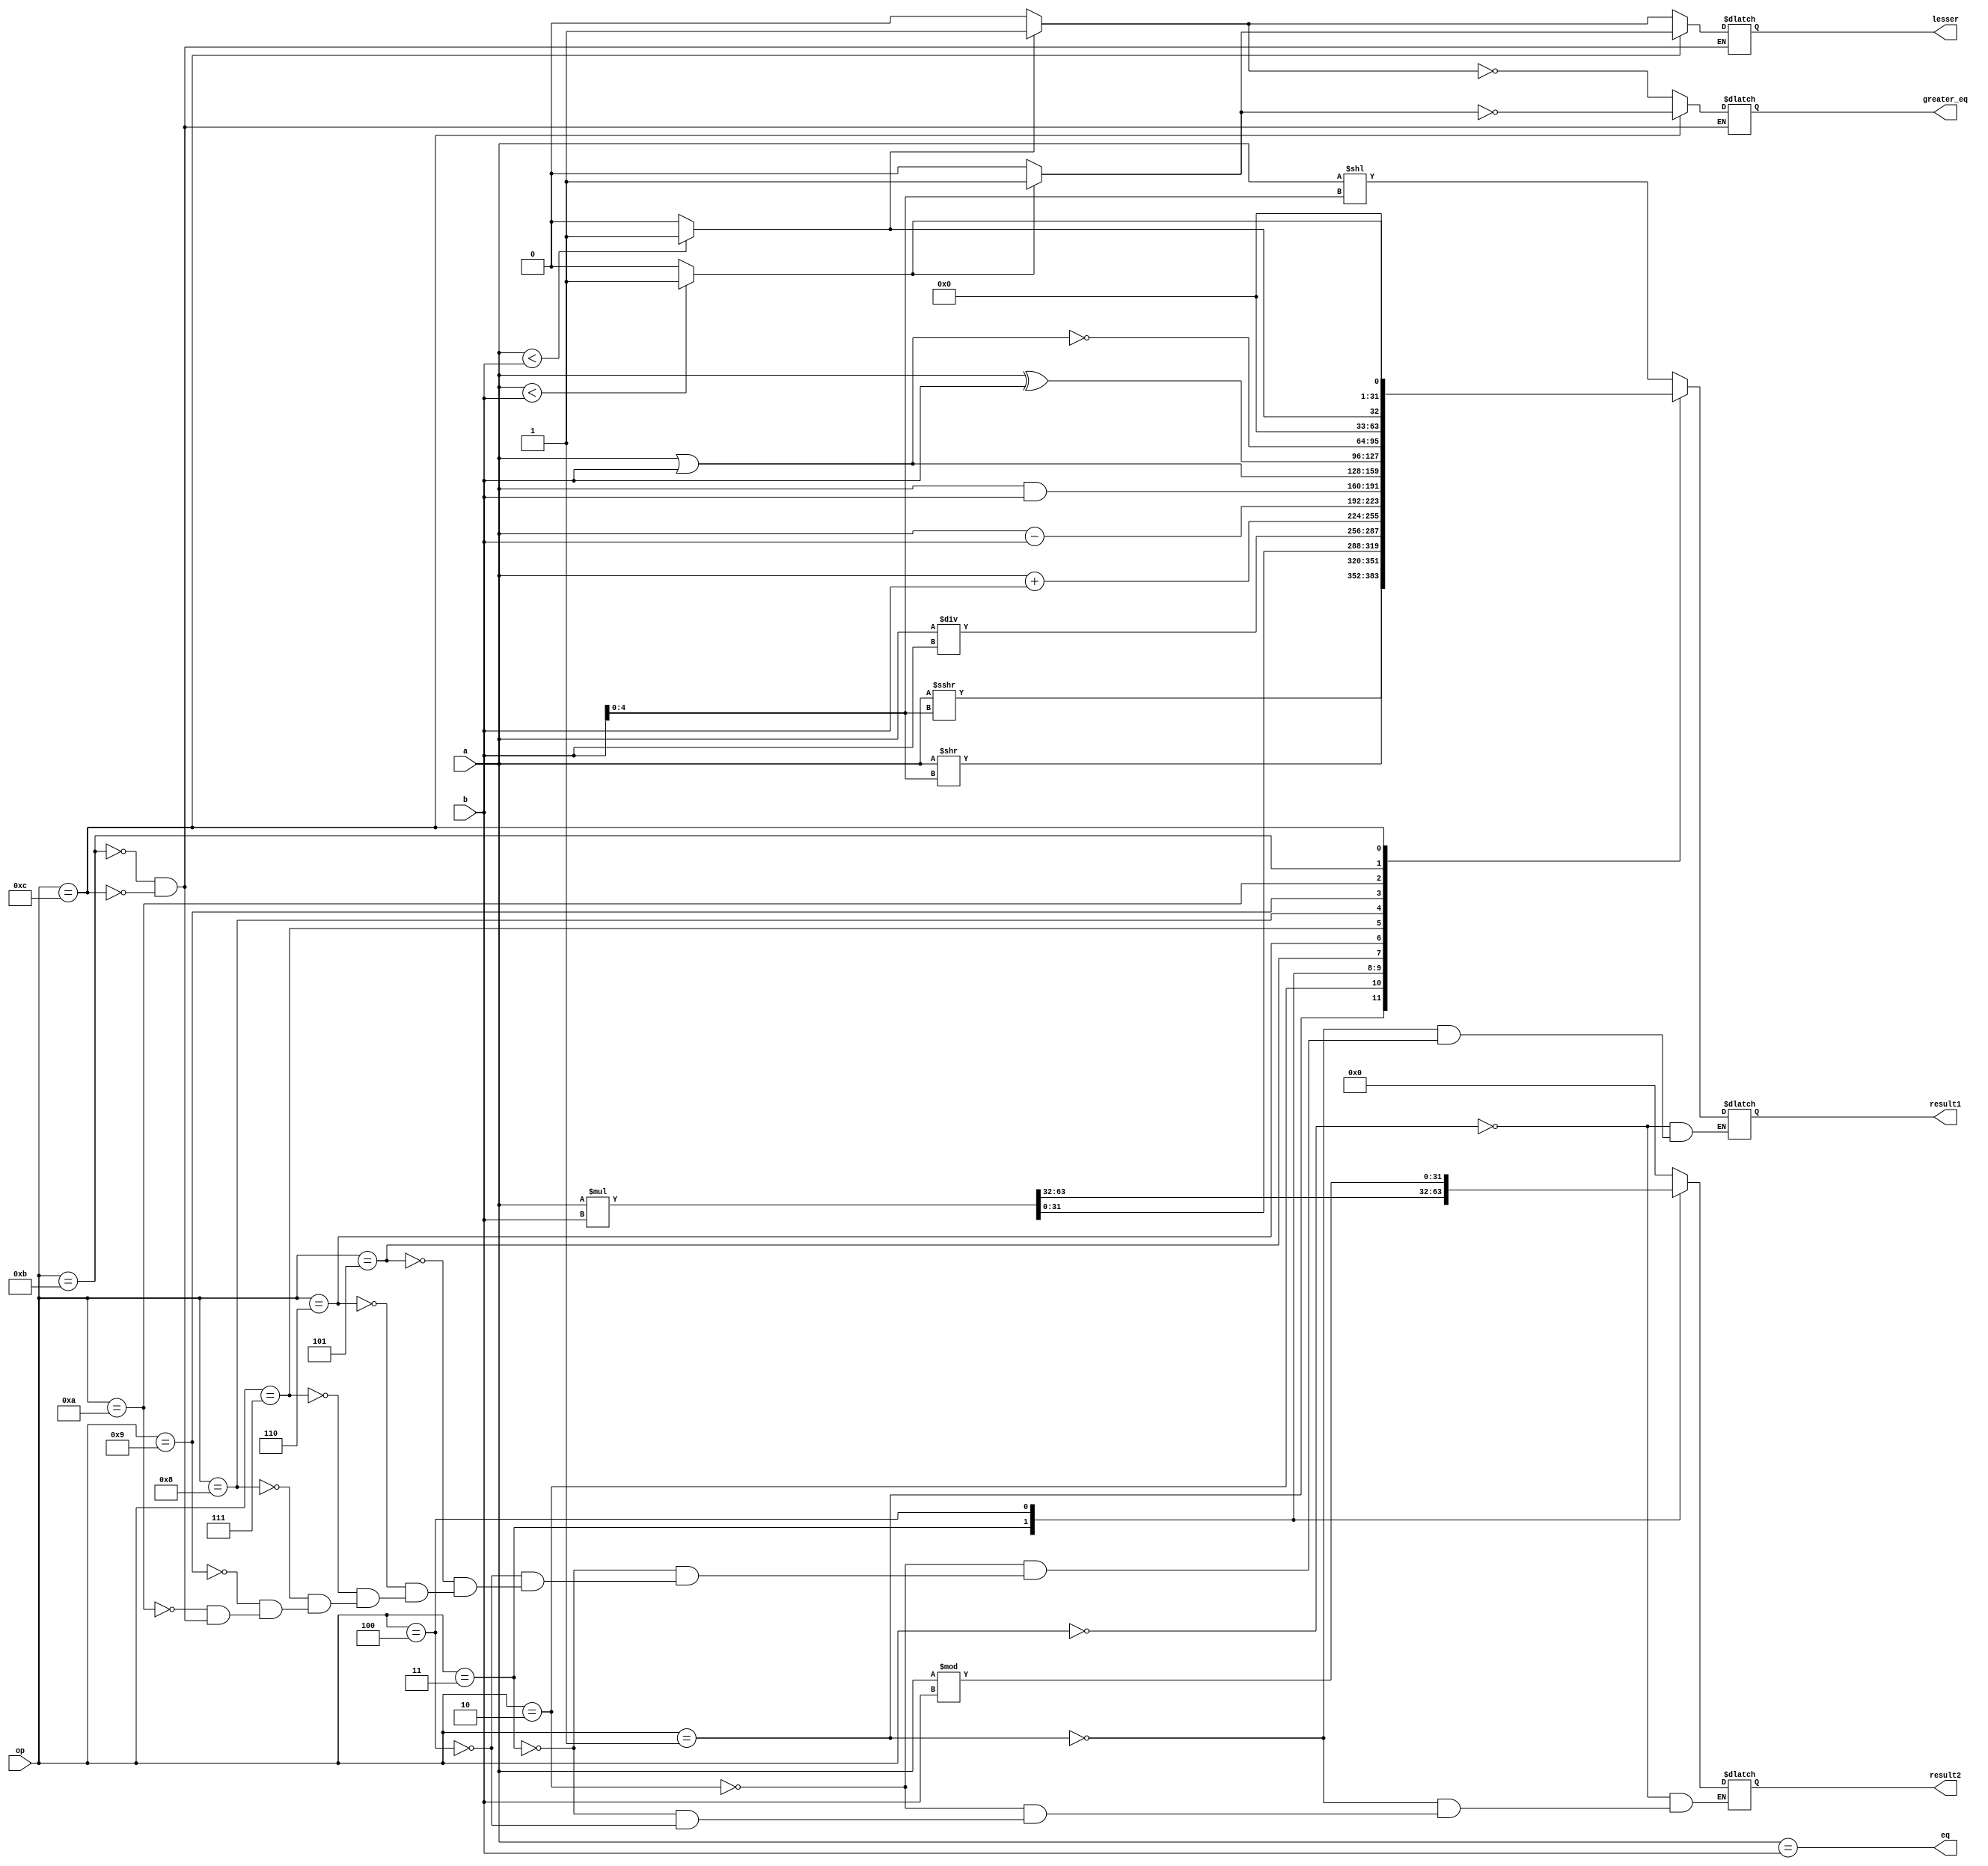
module Alu (
    input [31:0] a, b,
    input [3:0] op,
    output reg[31:0] result1, result2,
    output eq, 
    output reg greater_eq, lesser
);
    initial begin
        result1 <= 32'b0;
        result2 <= 32'b0;
        greater_eq <= 0;
        lesser <= 0;
    end
    
    assign eq = (a == b);

    always@(a, b, op) begin
        case(op)
            4'b0000: begin
                result1 = a << b[4:0];
                result2 = 0;
            end
            4'b0001: begin
                result1 = ($signed(a)) >>> b[4:0];
                result2 = 0;
            end
            4'b0010: begin
                result1 = a >> b[4:0];
                result2 = 0;
            end
            4'b0011: {result2, result1} = a * b;
            4'b0100: begin
                result1 = a / b;
                result2 = a % b;
            end
            4'b0101: begin
                result1 = a + b;
            end
            4'b0110: begin
                result1 = a - b;
            end
            4'b0111: result1 = a & b;
            4'b1000: result1 = a | b;
            4'b1001: result1 = a ^ b;
            4'b1010: result1 = ~(a | b);
            4'b1011: begin
                result1 = ($signed(a) < $signed(b)) ? 1 : 0;
                lesser = (result1 == 1) ? 1 : 0;
                greater_eq = ~lesser;
            end
            4'b1100: begin
                result1 = (a < b) ? 1 : 0;
                lesser = (result1 == 1) ? 1 : 0;
                greater_eq = ~lesser;
            end
        endcase
        
    end
endmodule